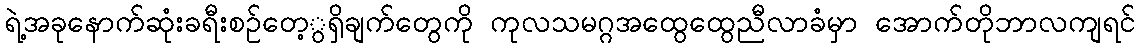
ရဲ့အခုနောက်ဆုံးခရီးစဉ်တေ့ွရှိချက်တွေကို ကုလသမဂ္ဂအထွေထွေညီလာခံမှာ အောက်တိုဘာလကျရင်